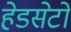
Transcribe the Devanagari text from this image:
हेडसेटों